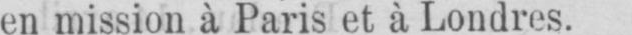
en mission à Paris et à Londres.